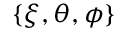
\{ \xi , \theta , \phi \}